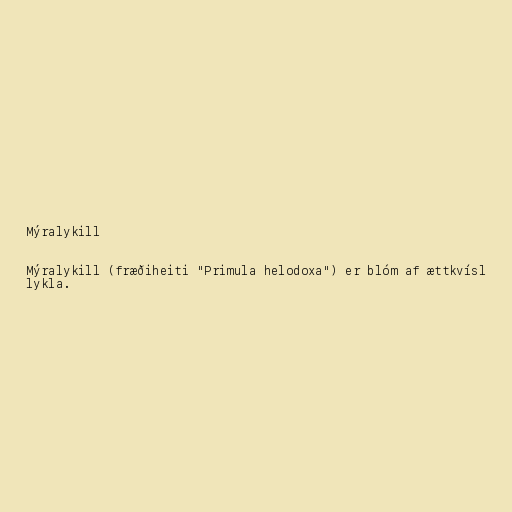
Mýralykill

Mýralykill (fræðiheiti "Primula helodoxa") er blóm af ættkvísl
lykla.